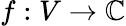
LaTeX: f:V\rightarrow\mathbb{\mathbb{C}}